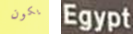
يكون Egypt